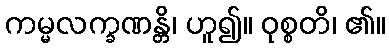
ကမ္မလက္ခဏန္တိ၊ ဟူ၍။ ဝုစ္စတိ၊ ၏။